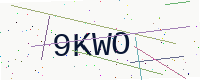
Text: 9KWO